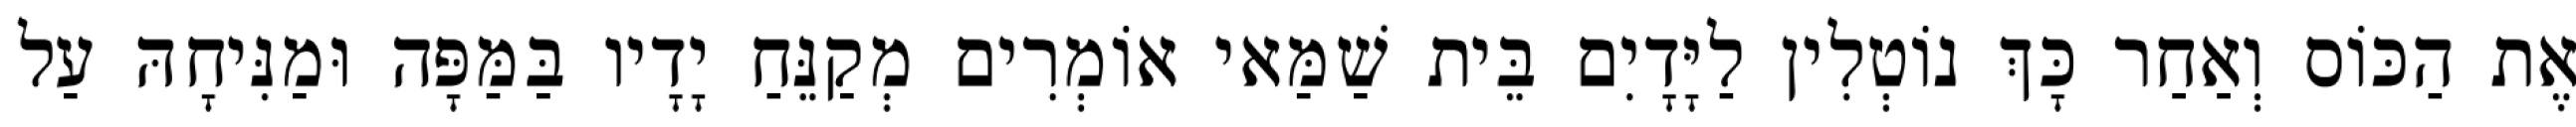
אֶת הַכּוֹס וְאַחַר כָּךְ נוֹטְלִין לַיָּדָיִם בֵּית שַׁמַּאי אוֹמְרִים מְקַנֵּחַ יָדָיו בַּמַּפָּה וּמַנִּיחָהּ עַל